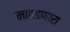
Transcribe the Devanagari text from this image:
नावडणारा